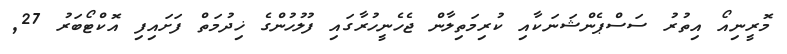
މޮރީނިއޯ އިތުރު ސަސްޕެންޝަނަކާއި ކުރިމަތިލާން ޖެހެނީހުރާގައި ފުލުހުންގެ ޚިދުމަތް ފަށައިފި އޮކްޓޯބަރު 27